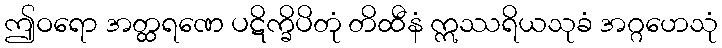
ဤဝရော အတ္ထရဏေ ပဋိက္ခိပိတုံ တိထီနံ ဣဿရိယသုခံ အဂ္ဂဟေသုံ